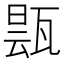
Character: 𬎬